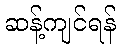
ဆန့်ကျင်ရန်